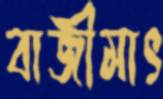
বাজীমাৎ